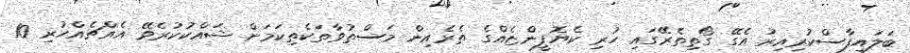
ބަލައިފާސްކުރިއިރު އެގޭ ގޯތިތެރޭގައި ހުރި ކެޔޮފީންޏެއްގެ ތެރެއިން މަސްތުވާތަކެތިކަމަށް ޝައްކުކުރެވޭ އެއްޗެއްހުރި 10